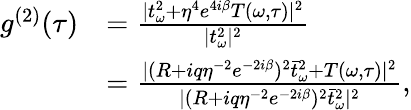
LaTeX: \begin{array}{rl}{g^{(2)}(\tau)}&{=\frac{|t_{\omega}^{2}+\eta^{4}e^{4i\beta}T(\omega,\tau)|^{2}}{|t_{\omega}^{2}|^{2}}}\\ &{=\frac{|(R+iq\eta^{-2}e^{-2i\beta})^{2}\bar{t}_{\omega}^{2}+T(\omega,\tau)|^{2}}{|(R+iq\eta^{-2}e^{-2i\beta})^{2}\bar{t}_{\omega}^{2}|^{2}},}\end{array}